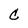
Character: C